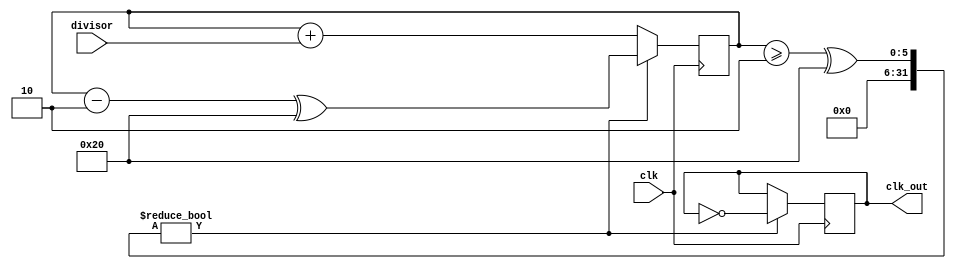
module floating_point_clock_divider (
    input wire clk,
    input wire [31:0] divisor,
    output reg clk_out
);

reg [31:0] count;

always @(posedge clk) begin
    count <= count + divisor;
    if (count >= 2^32) begin
        count <= count - 2^32;
        clk_out <= ~clk_out;
    end
end

initial begin
    count <= 0;
    clk_out <= 0;
end

endmodule